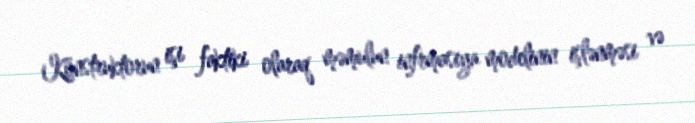
Konstruktorun işi faktiki olaraq məmulun infrmasiya modelinin işlənməsi və